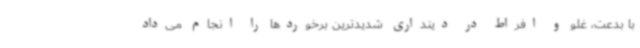
با بدعت، غلو و افراط در دینداری شدیدترین برخوردها را انجام می‌داد